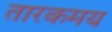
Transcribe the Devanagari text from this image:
तारकमय